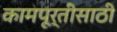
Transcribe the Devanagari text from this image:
कामपूर्तीसाठी